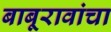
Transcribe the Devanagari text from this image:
बाबूरावांचा